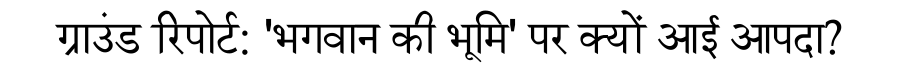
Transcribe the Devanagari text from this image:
ग्राउंड रिपोर्ट: 'भगवान की भूमि' पर क्यों आई आपदा?